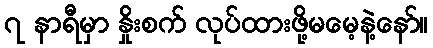
၇ နာရီမှာ နှိုးစက် လုပ်ထားဖို့မမေ့နဲ့နော်။